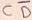
Text: CD